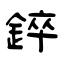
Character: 錊